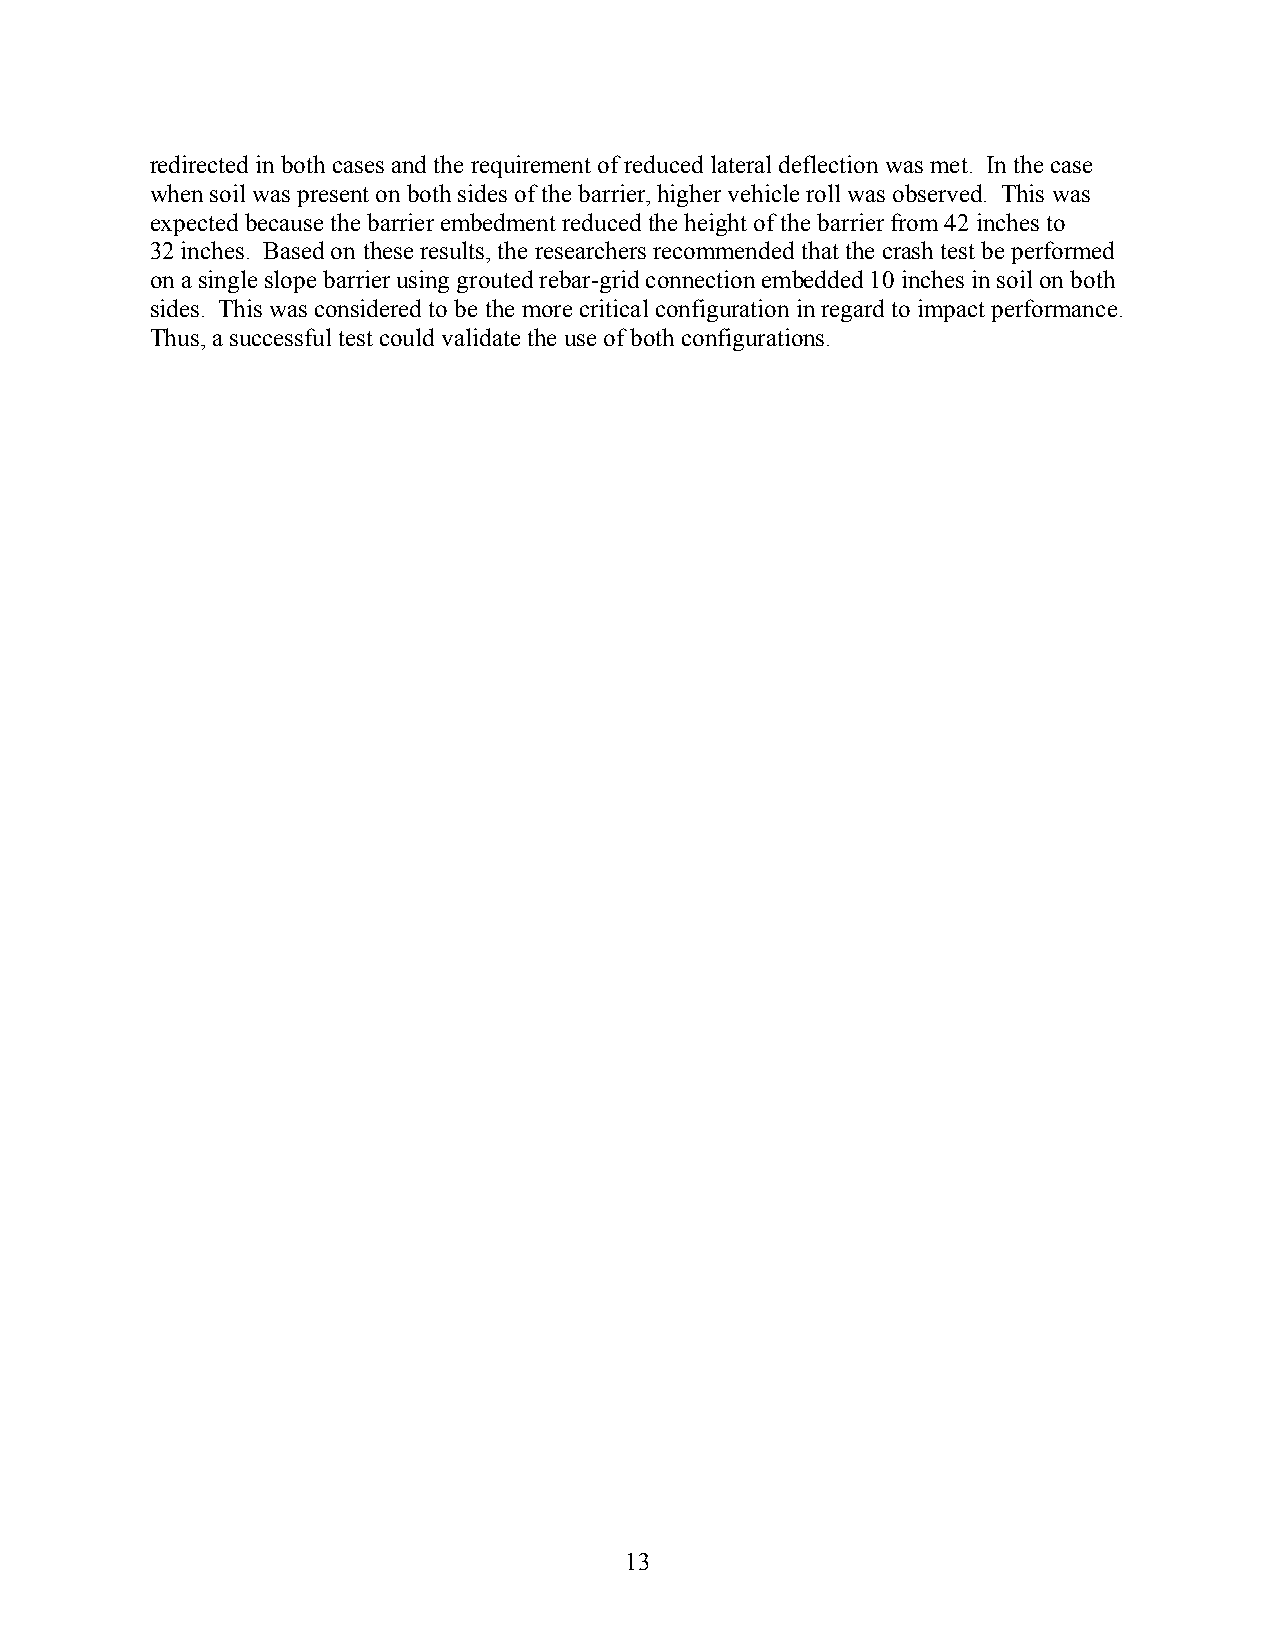
redirected in both cases and the requirement of reduced lateral deflection was met. In the case
 when soil was present on both sides of the barrier, higher vehicle roll was observed. This was
 expected because the barrier embedment reduced the height of the barrier from 42 inches to
 32 inches. Based on these results, the researchers recommended that the crash test be performed
 on a single slope barrier using grouted rebar-grid connection embedded 10 inches in soil on both
 sides. This was considered to be the more critical configuration in regard to impact performance.
 Thus, a successful test could validate the use of both configurations.
 13